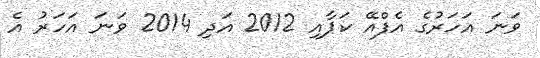
ވަނަ އަހަރުގެ އެފްއޭ ކަޕާއި 2012 އަދި 2014 ވަނަ އަހަރު އެ